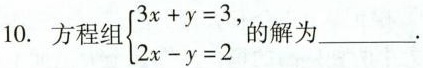
10.方程组 \left\{ \begin{matrix} 3x+y=3, \\ 2x-y=2 \\ \end{matrix} \right. 的解为___.